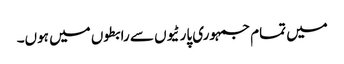
میں تمام جمہوری پارٹیوں سے رابطوں میں ہوں۔